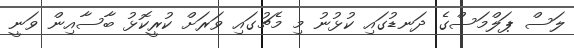
ލަސް ޕަލްމަސްގެ ދަނޑުގައި ކުޅުނު މި މެޗުގައި ވަރަށް ކުރީކޮޅު ބާސާއިން ވަނީ